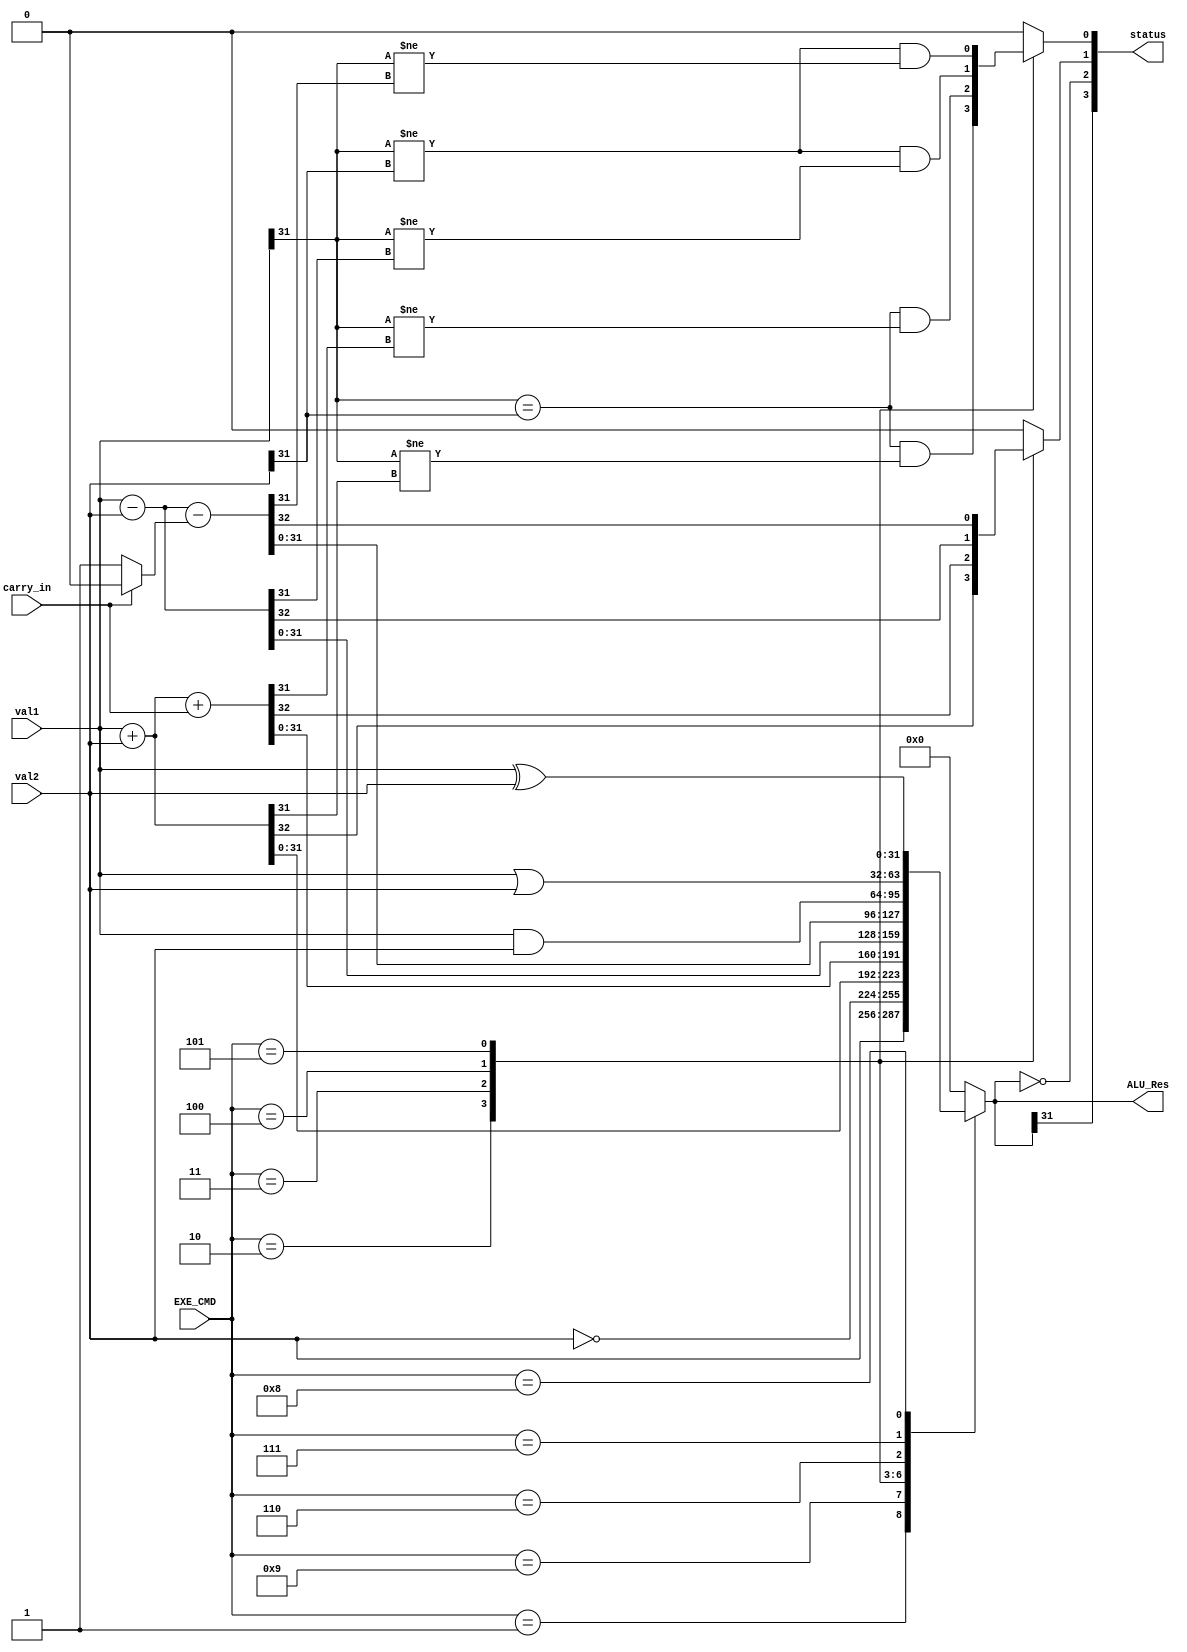
`timescale 1ns/1ns
module ALU(input [31:0] val1,val2, input[3:0] EXE_CMD,input carry_in,output [3:0] status, output [31:0] ALU_Res);
  reg V,C;
  wire Z,N;
  reg [31:0] temp_res;
  wire [32:0] not_cin ;
  
  assign not_cin = carry_in ? 33'b0 : 33'd1;
  assign ALU_Res = temp_res;
  assign status = {N,Z,C,V};
  assign N = ALU_Res[31];
  assign Z = ALU_Res == 32'b0;
  
  always @(*) begin
    {C,V,temp_res} = 34'b0;
    case (EXE_CMD)
      //MOV
      4'b0001: temp_res = val2;
      //MVN
      4'b1001: temp_res = ~val2;
      //ADD LDR STR
      4'b0010: begin 
                  {C,temp_res} = val1 + val2;
                   V = (val1[31] == val2[31]) & (val1[31] != temp_res[31]);
               end
      //ADC
      4'b0011: begin
                  {C,temp_res} = val1 + val2 + carry_in;
                  V = (val1[31] == val2[31]) & (val1[31] != temp_res[31]);
                end
      //SUB CMP
      4'b0100: begin 
                  {C,temp_res} = val1 - val2;
                  V = (val1[31] != val2[31]) & (val1[31] != temp_res[31]);
                end
      //SBC
      4'b0101: begin
                  {C,temp_res} = val1 - val2 - not_cin;
                  V = (val1[31] != val2[31]) & (val1[31] != temp_res[31]);
                end
        
      //AND TST
      4'b0110: temp_res = val1 & val2;
      //ORR
      4'b0111: temp_res = val1 | val2;
      //EOR
      4'b1000: temp_res = val1 ^ val2;
    endcase
  end
endmodule